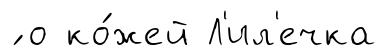
́ о ко́жей Л'ил'ечка